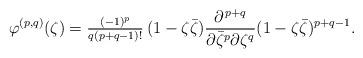
LaTeX: \begin{align*}\varphi^{(p,q)}(\zeta)=\textstyle\frac{(-1)^p}{q(p+q-1)!}\,\displaystyle(1-\zeta\bar{\zeta})\frac{\partial^{\,p+q}}{\partial\bar{\zeta}^p\partial\zeta^q}(1-\zeta\bar{\zeta})^{p+q-1}.\end{align*}